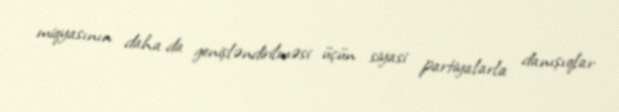
miqyasının daha da genişləndirilməsi üçün siyasi partiyalarla danışıqlar